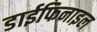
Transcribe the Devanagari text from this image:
डाईफिनाइल